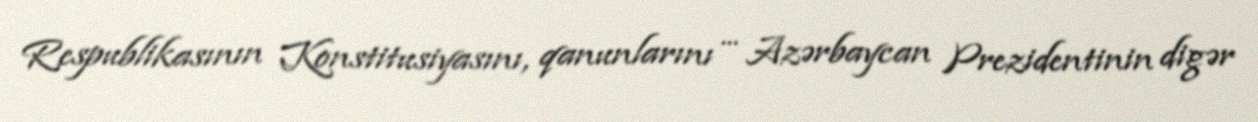
Respublikasının Konstitusiyasını, qanunlarını ... Azərbaycan Prezidentinin digər